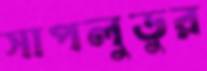
সাপলুডুর